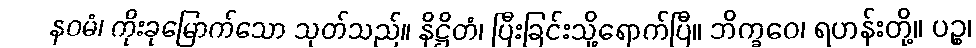
နဝမံ၊ ကိုးခုမြောက်သော သုတ်သည်။ နိဋ္ဌိတံ၊ ပြီးခြင်းသို့ရောက်ပြီ။ ဘိက္ခဝေ၊ ရဟန်းတို့။ ပဉ္စ၊